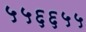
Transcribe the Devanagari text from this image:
५५६६५५